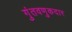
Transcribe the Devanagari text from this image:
गुंतवणुकदार